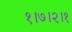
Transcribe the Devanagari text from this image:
१।७।२।१